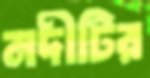
নদীটির